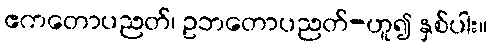
ဧကတောပညတ်၊ ဥဘတောပညတ်-ဟူ၍ နှစ်ပါး။